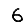
Digit: 6